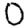
Digit: 0